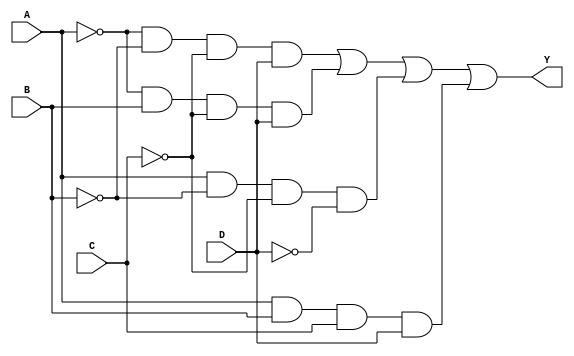
module combinational_logic (
    input wire A,  // Input variable A
    input wire B,  // Input variable B
    input wire C,  // Input variable C
    input wire D,  // Input variable D
    output wire Y  // Output variable Y
);

// Implementing the logic based on the derived expression
assign Y = (~A & ~B & ~C & D) | // A'B'C'D
           (~A & B & ~C & D)  | // A'BC'D
           (A & ~B & ~C & ~D) | // AB'C'D'
           (A & B & C & D);     // ABCD

endmodule